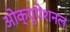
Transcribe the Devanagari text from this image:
ओक्युपेशनल